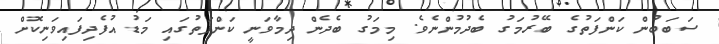
ސަބަބުން ކަންފަތުގެ ބޭރުމަގު ބެދުމުންނެވެ. މިމަގު ބެދެން ދިމާވަނީ ކަންފަތުގައި މަޑު އުފެދިފައިވަނިކޮށް